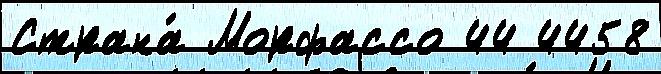
Страна́ Морфассо 44 4458